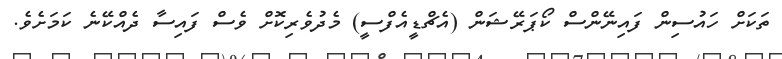
ތަކަށް ހައުސިން ފައިނޭންސް ކޯޕަރޭޝަން (އެޗްޑީއެފްސީ) މެދުވެރިކޮށް ވެސް ފައިސާ ދެއްކޭނެ ކަމަށެވެ.